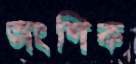
অংশিক